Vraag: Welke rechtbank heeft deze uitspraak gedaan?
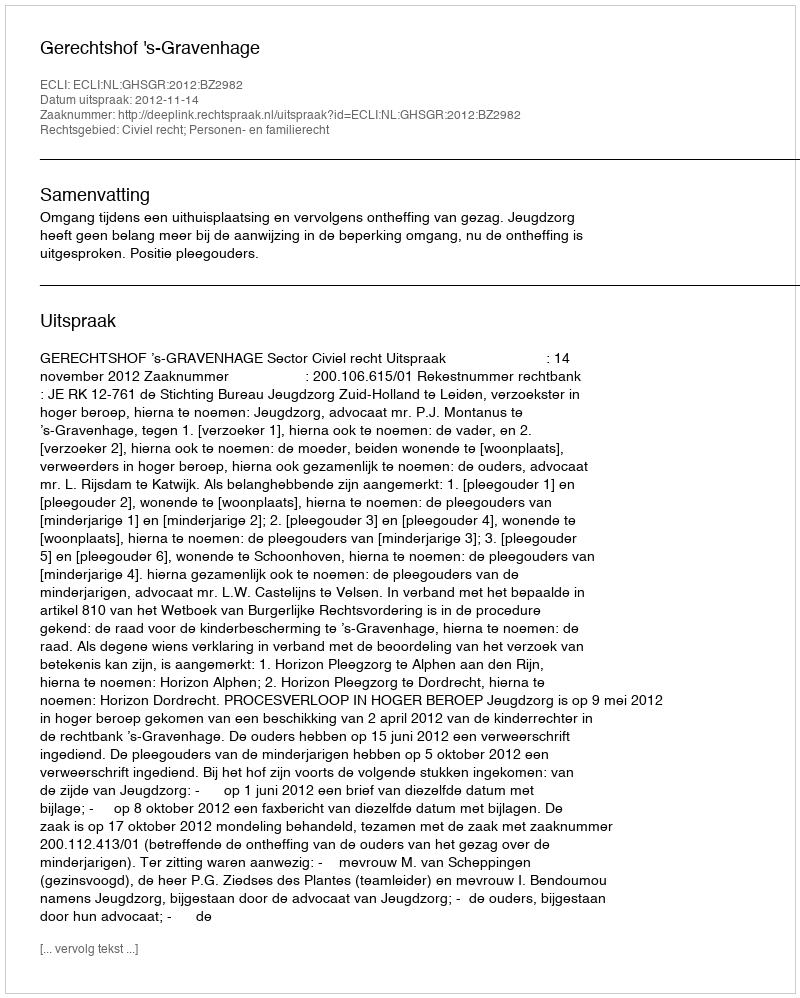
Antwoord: Gerechtshof 's-Gravenhage